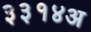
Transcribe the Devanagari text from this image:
३३१४अ